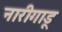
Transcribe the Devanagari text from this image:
नारीगाडू